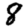
Digit: 8